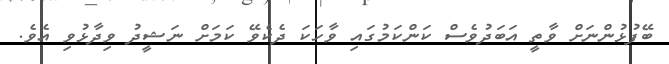
ބޭފުޅުންނަށް ވާތީ އަބަދުވެސް ކަންކަމުގައި ވާހަކަ ދެކެވޭ ކަމަށް ނަޝީދު ވިދާޅުވި އެވެ.